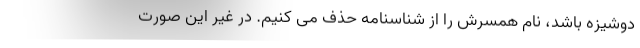
دوشیزه باشد، نام همسرش را از شناسنامه حذف می کنیم. در غیر این صورت